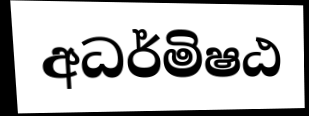
අධර්මිෂඨ